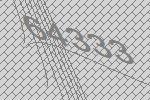
64333